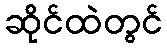
ဆိုင်ထဲတွင်